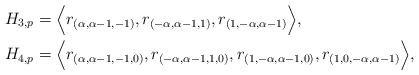
LaTeX: \begin{align*} H_{3,p}&=\Big \langle r_{(\alpha,\alpha-1,-1)}, r_{(-\alpha,\alpha-1,1)}, r_{(1,-\alpha,\alpha-1)} \Big \rangle,\\ H_{4,p}&=\Big \langle r_{(\alpha,\alpha-1,-1,0)}, r_{(-\alpha,\alpha-1,1,0)}, r_{(1,-\alpha,\alpha-1,0)}, r_{(1,0,-\alpha,\alpha-1)} \Big \rangle,\end{align*}